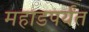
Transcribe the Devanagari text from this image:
महाडपर्यंत